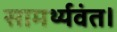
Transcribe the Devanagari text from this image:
सामर्थ्यवंत।